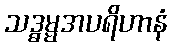
သဒ္ဓမ္မအပရိဟာနံ